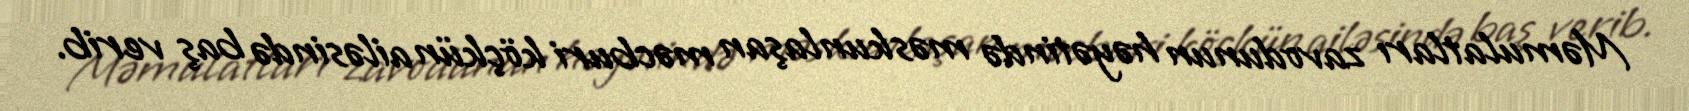
Məmulatları zavodunun həyətində məskunlaşan məcburi köçkün ailəsində baş verib.